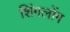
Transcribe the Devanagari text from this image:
शिंगलोंग